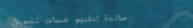
صالحة لتقديم خدمات تجميل